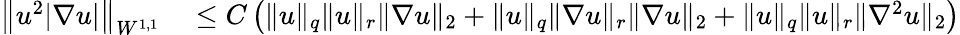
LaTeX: \begin{array}{rl}{\left\| u^{2}|\nabla u|\right\| _{W^{1,1}}}&{{}\leq C\left(\| u\| _{q}\| u\| _{r}\| \nabla u\| _{2}+\| u\| _{q}\| \nabla u\| _{r}\| \nabla u\| _{2}+\| u\| _{q}\| u\| _{r}\| \nabla^{2}u\| _{2}\right)}\end{array}